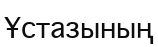
Ұстазының